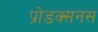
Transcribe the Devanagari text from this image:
प्रोडक्सनस